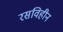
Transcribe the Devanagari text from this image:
रसविहीन